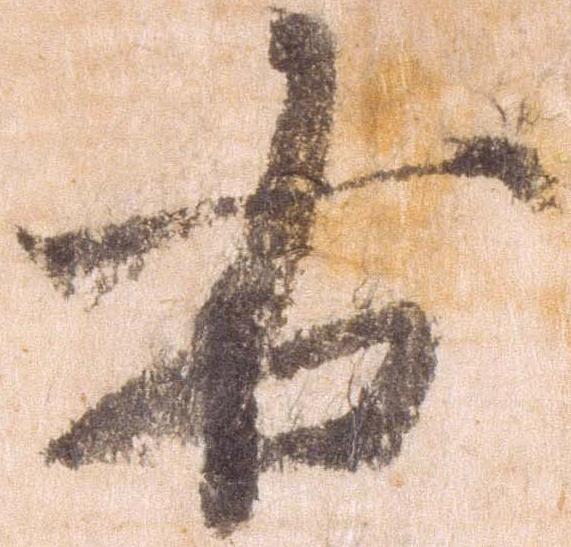
右